Vaccination in Bombay 1856-1862 - 1856-1862
Year: 1856
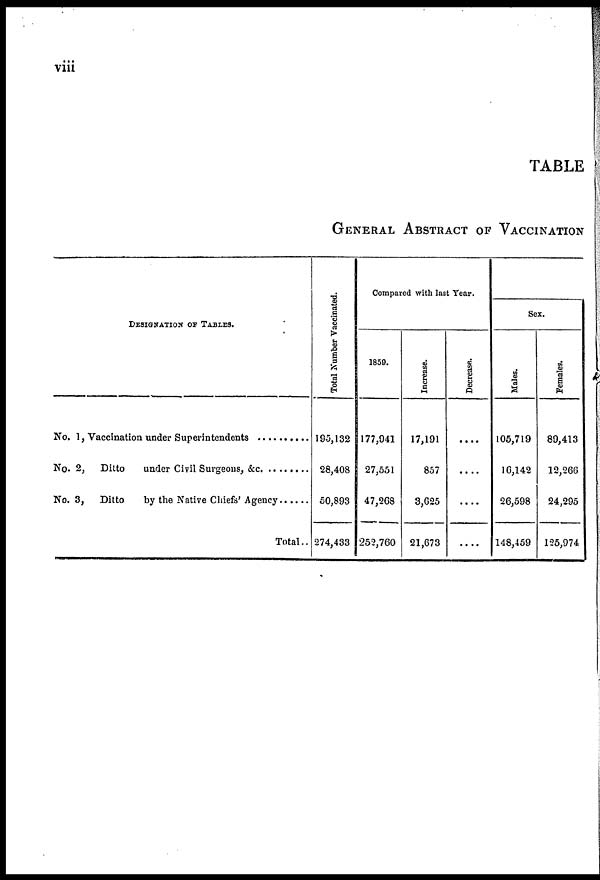
viii
TABLE
GENERAL ABSTRACT OF VACCINATION
DESIGNATION OF TABLES.
No. 1, Vaccination under Superintendents ..........
No. 2, Ditto under Civil Surgeons, &c. ........
No. 3, Ditto by the Native Chiefs' Agency ......
Tota1..
Total Number Vaccinated.
195,132
28,408
50,893
274,433
Compared with last Year.
1859.
177,041
27,551
47,268
252,760
Increase.
17,191
857
3,625
21,673
Decrease
....
....
....
....
Sex.
Males.
105,719
16,142
26,598
148,459
Females.
89,413
12,266
24,295
125,974